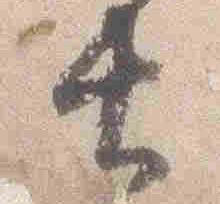
長